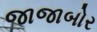
જાજાબોર